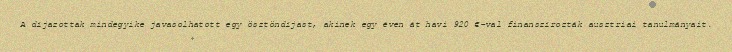
A díjazottak mindegyike javasolhatott egy ösztöndíjast, akinek egy éven át havi 920 €-val finanszírozták ausztriai tanulmányait.